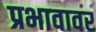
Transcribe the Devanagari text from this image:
प्रभावावर